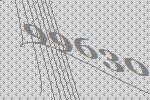
99630